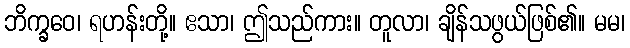
ဘိက္ခဝေ၊ ရဟန်းတို့။ ဧသာ၊ ဤသည်ကား။ တူလာ၊ ချိန်သဖွယ်ဖြစ်၏။ မမ၊